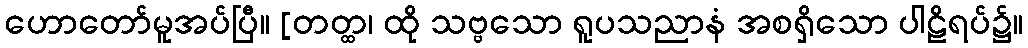
ဟောတော်မူအပ်ပြီ။ [တတ္ထ၊ ထို သဗ္ဗသော ရူပသညာနံ အစရှိသော ပါဠိရပ်၌။